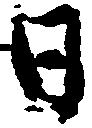
日